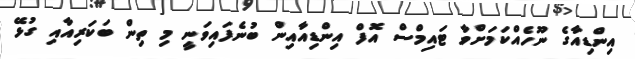
އިންޑިއާގެ ނޫހެއްކަމަށްވާ ޓައިމްސް އޮފް އިންޑިއާއިން ބުނެފައިވަނީ މި ތިން ބަކަރިއާއި ގުޅޭ